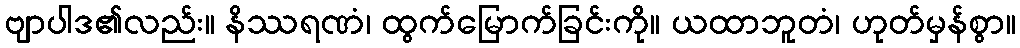
ဗျာပါဒ၏လည်း။ နိဿရဏံ၊ ထွက်မြောက်ခြင်းကို။ ယထာဘူတံ၊ ဟုတ်မှန်စွာ။